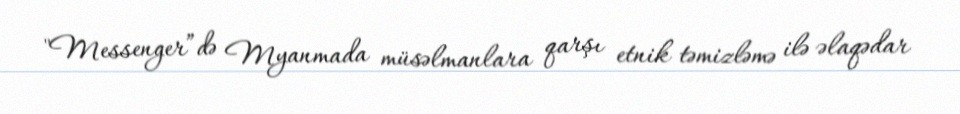
"Messenger”də Myanmada müsəlmanlara qarşı etnik təmizləmə ilə əlaqədar